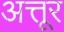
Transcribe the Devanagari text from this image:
अत्तूर